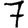
Digit: 7